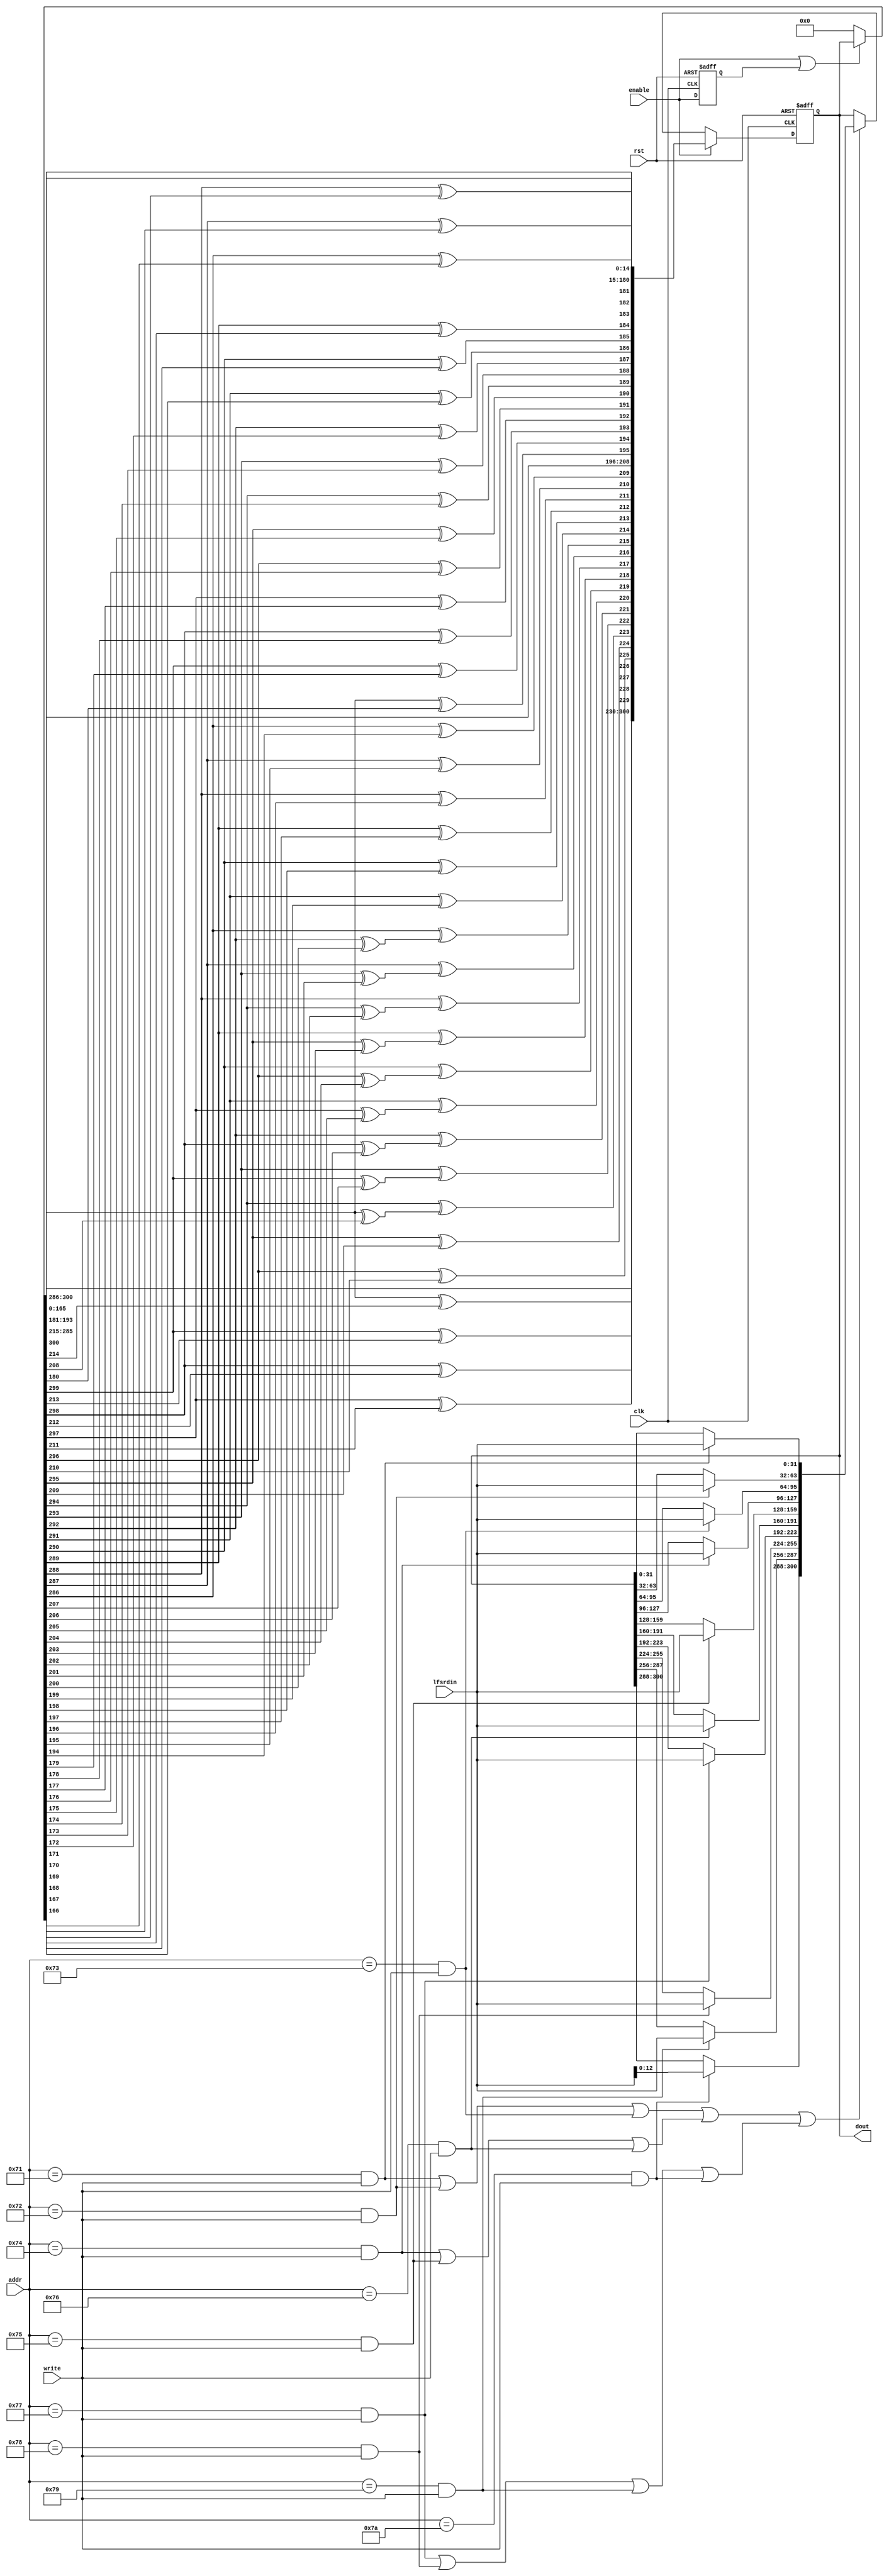
`timescale 1ns/10ps
module primary_lfsr_1 #(
parameter POLY_WIDTH = 301,
parameter NUM_OF_STEPS = 15
) 
(
input           clk,
input           rst,
input           enable,
input           write,
input    [11:0] addr,
input    [31:0] lfsrdin,
output   [(POLY_WIDTH-1):0] dout  
);

wire [(POLY_WIDTH-1):0] lfsr_ld_data_c;
wire         lfsr_ld_c;
wire [(POLY_WIDTH-1):0] lfsr_reg_c;   
wire [(POLY_WIDTH-1):0] temp_c[(NUM_OF_STEPS-1):0],shift;
reg  [(POLY_WIDTH-1):0] lfsr_reg;           
reg          enable_d;           
wire load_wrd_0 ,load_wrd_1 ,load_wrd_2 ,load_wrd_3 ,load_wrd_4 ,load_wrd_5 , load_wrd_6 , load_wrd_7 , load_wrd_8 , load_wrd_9;

assign shift = (enable | enable_d) ? lfsr_reg : 'h00000000000;
assign dout = lfsr_reg;

assign load_wrd_0 =  (addr == 12'h071) & write;
assign load_wrd_1 =  (addr == 12'h072) & write;
assign load_wrd_2 =  (addr == 12'h073) & write;
assign load_wrd_3 =  (addr == 12'h074) & write;
assign load_wrd_4 =  (addr == 12'h075) & write;
assign load_wrd_5 =  (addr == 12'h076) & write;
assign load_wrd_6 =  (addr == 12'h077) & write;
assign load_wrd_7 =  (addr == 12'h078) & write;
assign load_wrd_8 =  (addr == 12'h079) & write;
assign load_wrd_9 =  (addr == 12'h07a) & write;

assign lfsr_ld_data_c[              31:0] =  ( load_wrd_0  ) ? lfsrdin : lfsr_reg[   31:0];           
assign lfsr_ld_data_c[             63:32] =  ( load_wrd_1  ) ? lfsrdin : lfsr_reg[  63:32];           
assign lfsr_ld_data_c[             95:64] =  ( load_wrd_2  ) ? lfsrdin : lfsr_reg[  95:64];           
assign lfsr_ld_data_c[            127:96] =  ( load_wrd_3  ) ? lfsrdin : lfsr_reg[ 127:96];           
assign lfsr_ld_data_c[           159:128] =  ( load_wrd_4  ) ? lfsrdin : lfsr_reg[159:128];           
assign lfsr_ld_data_c[           191:160] =  ( load_wrd_5  ) ? lfsrdin : lfsr_reg[191:160];           
assign lfsr_ld_data_c[           223:192] =  ( load_wrd_6  ) ? lfsrdin : lfsr_reg[223:192];           
assign lfsr_ld_data_c[           255:224] =  ( load_wrd_7  ) ? lfsrdin : lfsr_reg[255:224];           
assign lfsr_ld_data_c[           287:256] =  ( load_wrd_8  ) ? lfsrdin : lfsr_reg[287:256];           
assign lfsr_ld_data_c[(POLY_WIDTH-1):288] =  ( load_wrd_9  ) ? lfsrdin : lfsr_reg[(POLY_WIDTH-1):288];           


assign lfsr_ld_c = ((load_wrd_0  | load_wrd_1 | load_wrd_2)
                  | (load_wrd_3  | load_wrd_4  |  load_wrd_5)
                  | (load_wrd_6  | load_wrd_7  |  load_wrd_8 | load_wrd_9 ));



assign temp_c[0] = {shift[(POLY_WIDTH-2):215],
                    shift[(POLY_WIDTH-1)]^shift[214],
                    shift[213:209],
                    shift[(POLY_WIDTH-1)]^shift[208],
                    shift[207:181],
                    shift[(POLY_WIDTH-1)]^shift[180],
                    shift[179:0],
                    shift[(POLY_WIDTH-1)]};

assign lfsr_reg_c = (enable) ? temp_c[(NUM_OF_STEPS-1)] : (lfsr_ld_c) ? lfsr_ld_data_c : lfsr_reg;

genvar i;

generate
  for (i=1; i<=(NUM_OF_STEPS-1); i=i+1) begin:shifter
   assign temp_c[i] = {temp_c[i-1][(POLY_WIDTH-2):215],
                    temp_c[i-1][(POLY_WIDTH-1)]^temp_c[i-1][214],
                    temp_c[i-1][213:209],
                    temp_c[i-1][(POLY_WIDTH-1)]^temp_c[i-1][208],
                    temp_c[i-1][207:181],
                    temp_c[i-1][(POLY_WIDTH-1)]^temp_c[i-1][180],
                    temp_c[i-1][179:0],
                    temp_c[i-1][(POLY_WIDTH-1)]};
  end
endgenerate

always @ ( posedge clk or posedge rst )
begin
  if (rst) 
  begin
    lfsr_reg     <= #1 'h0000000000;
    enable_d     <= #1 1'b0;
  end
  else
  begin
    enable_d <= #1 enable;
    lfsr_reg <= #1 lfsr_reg_c;
  end
end

endmodule